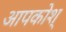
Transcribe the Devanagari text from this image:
आपकोश्